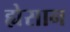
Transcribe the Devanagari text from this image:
ह्येसान